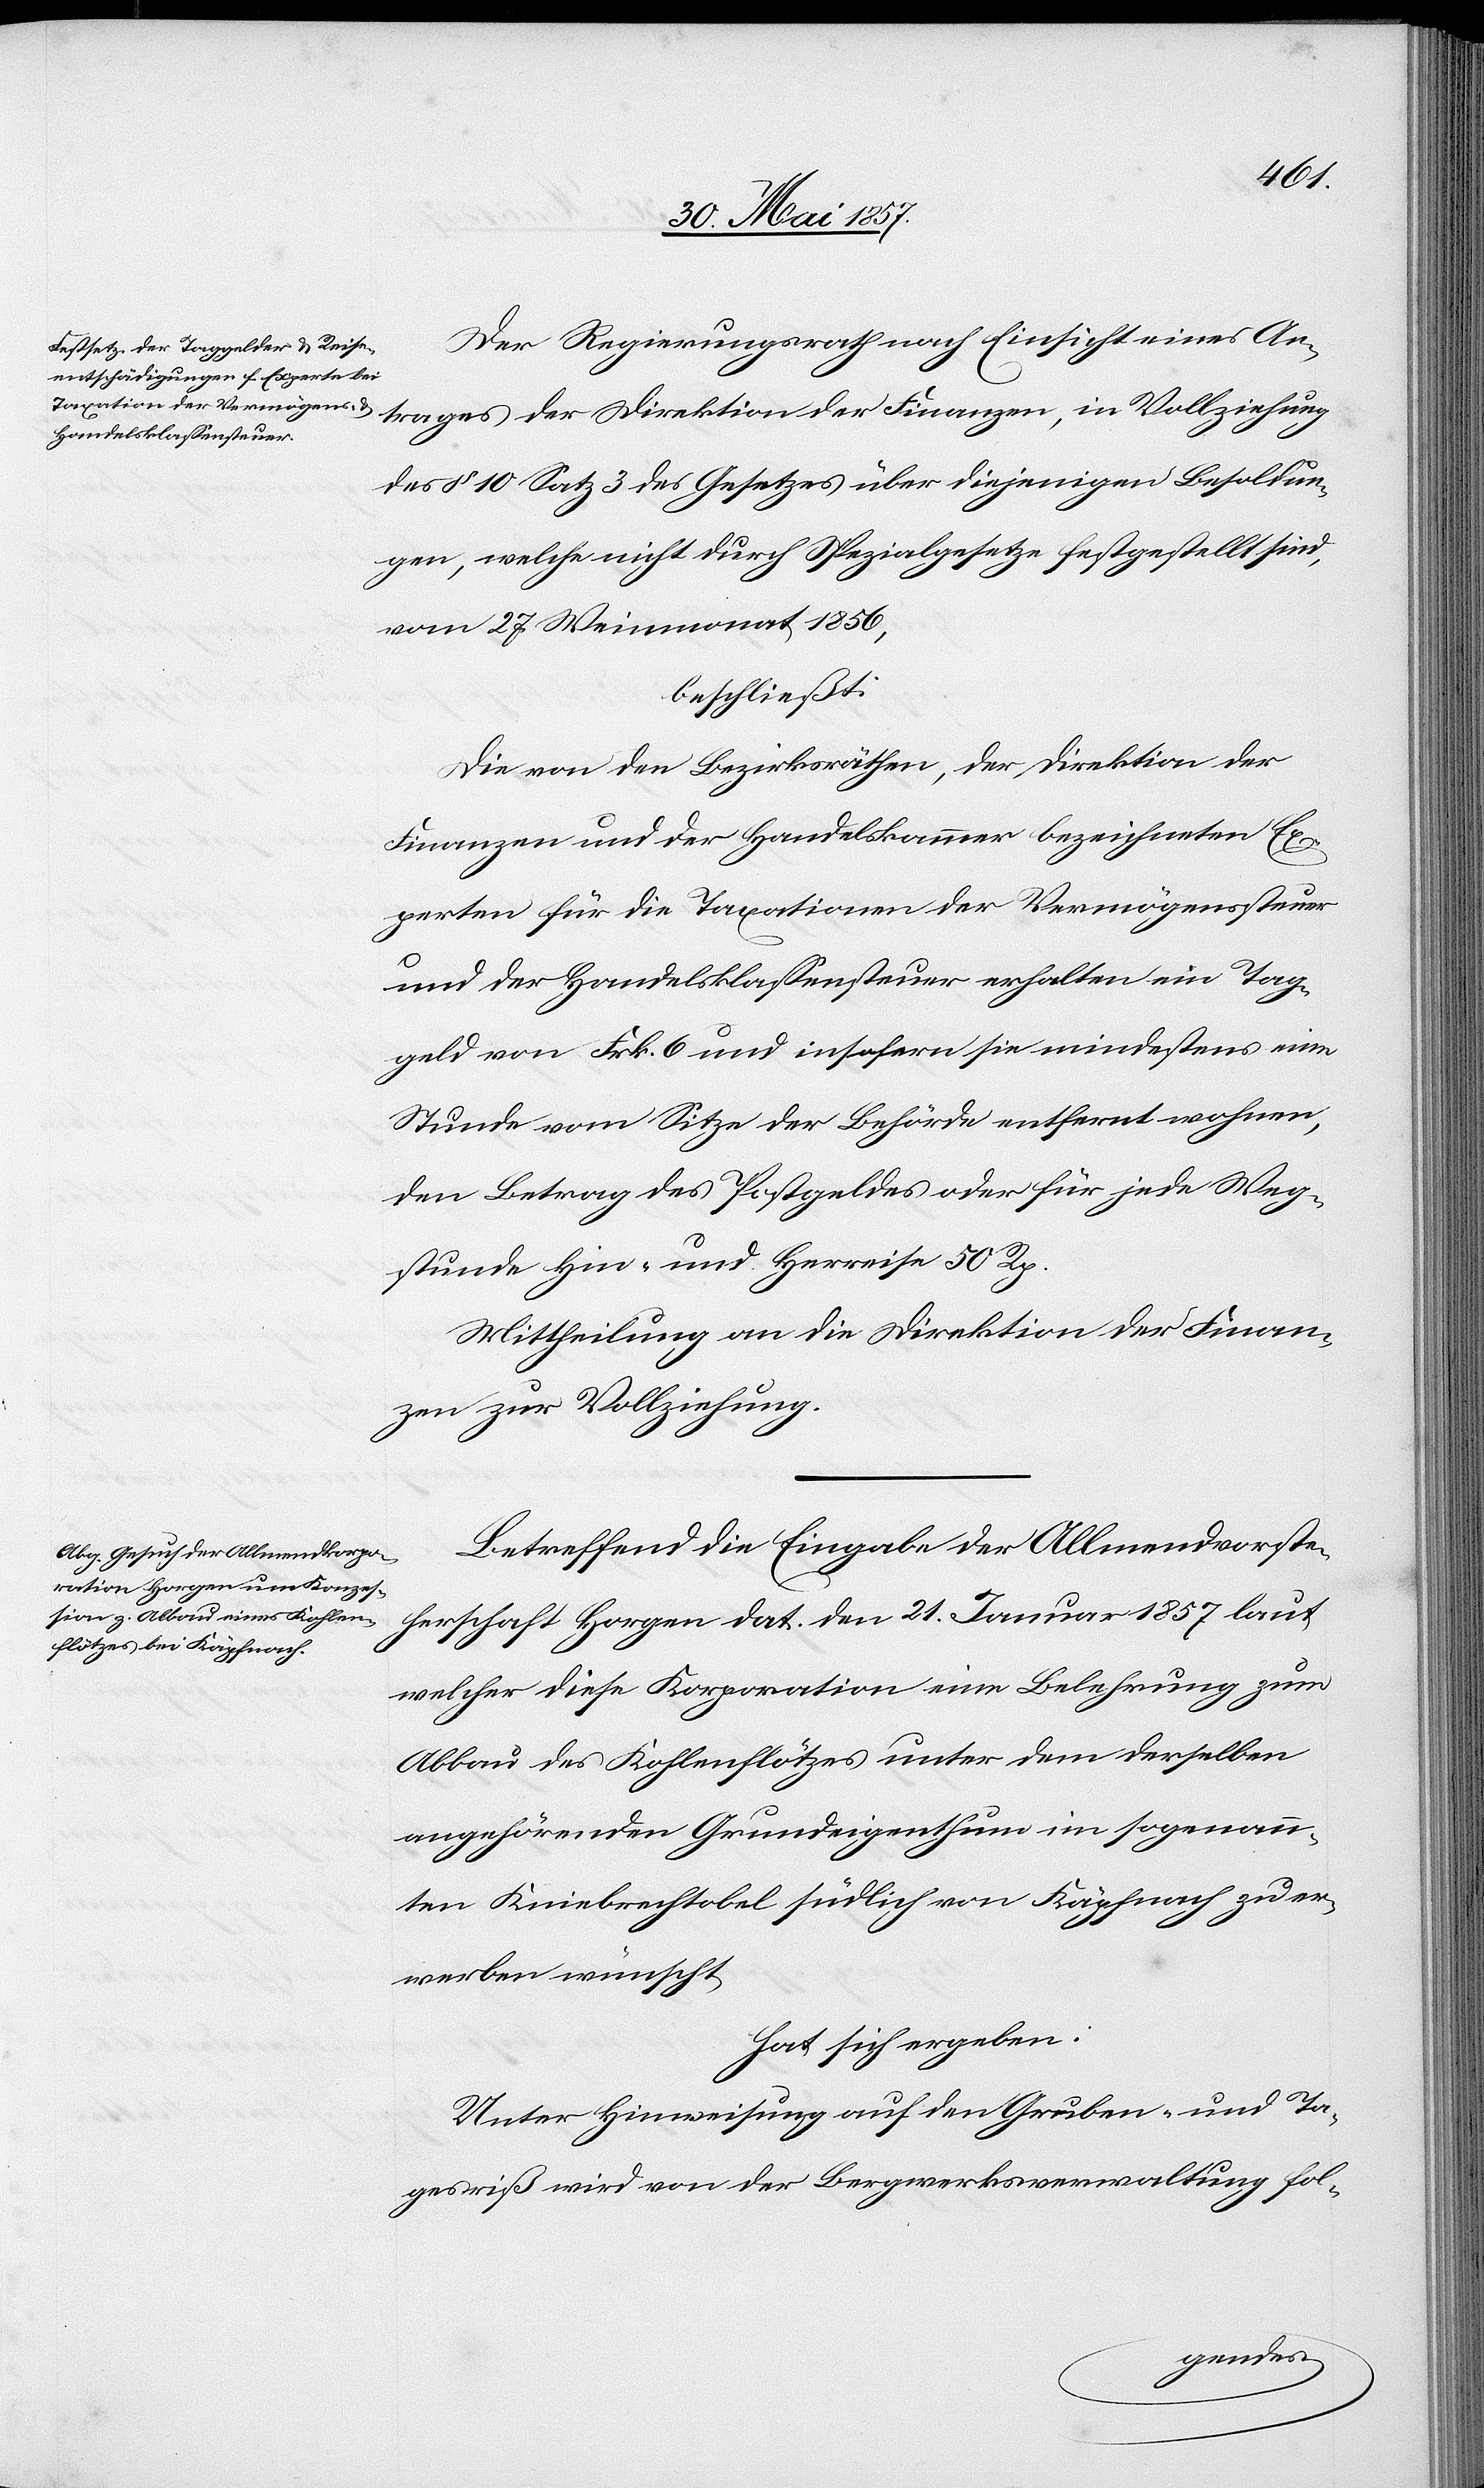
trages
Der Regierungsrath nach Einsicht eines An¬
des § 10 Satz 3 des Gesetzes über diejenigen Besoldun¬
gen, welche nicht durch Spezialgesetze festgestellt sind,
vom 27 Weinmonat 1856,
beschließt:
Die von den Bezirksräthen, der Direktion der
Finanzen und der Handelskammer bezeichneten Ex¬
perten für die Taxationen der Vermögenssteuer
und der Handelsklassensteuer erhalten ein Tag¬
geld von Frk. 6 und insofern sie mindestens eine
Stunde vom Sitze der Behörde entfernt wohnen,
den Betrag des Postgeldes oder für jede Weg¬
stunde Hin- und Herreise 50 Rp.
Mittheilung an die Direktion der Finan¬
zen zur Vollziehung.
Betreffend die Eingabe der Allmendvorste¬
herschaft Horgen dat. den 21 Januar 1857 laut
welcher diese Korporation eine Belehrung zum
Abbau des Kohlenflötzes unter dem derselben
angehörenden Grundeigenthum im sogenann¬
ten Kniebrechtobel südlich von Käpfnach zu er¬
werben wünscht,
hat sich ergeben:
Unter Hinweisung auf den Gruben- und Ta¬
gesriß wird von der Bergwerksverwaltung fol-